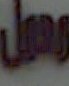
وعمل